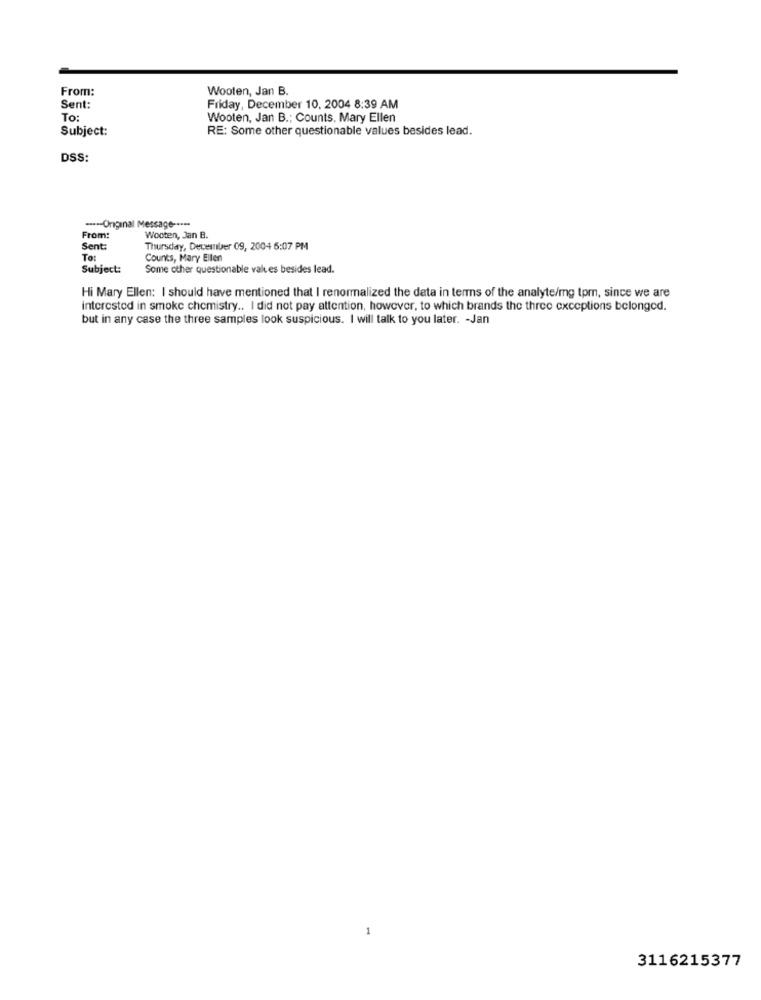
From:
Wooten, Jan B.
Sent:
Friday, December 10, 2004 8:39 AM
To:
Wooten, Jan B .; Counts. Mary Ellen
Subject:
RE: Some other questionable values besides lead.
DSS:
----- Original Message -··-·
From:
Wooten, Jan B.
Sent:
Thursday, December 09, 2004 6:07 PM
To:
Counts, Mary Ellen
Subject:
Some other questionable valves besides lead.
Hi Mary Ellen: I should have mentioned that I renormalized the data in terms of the analyte/mg tpm, since we are
interested in smoke chemistry .. I did not pay attention, however, to which brands the three exceptions belonged.
but in any case the three samples look suspicious. I will talk to you later. - Jan
3116215377